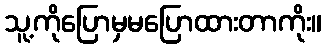
သူ့ကိုပြောမှမပြောထားတာကိုး။